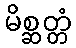
မိစ္ဆတ္တံ